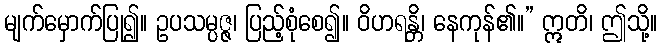
မျက်မှောက်ပြု၍။ ဥပသမ္ပဇ္ဇ၊ ပြည့်စုံစေ၍။ ဝိဟရန္တိ၊ နေကုန်၏။” ဣတိ၊ ဤသို့။